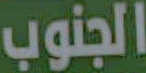
الجنوب